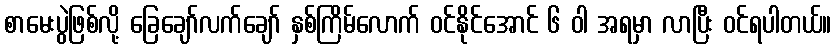
စာမေးပွဲဖြစ်လို့ ခြေချော်လက်ချော် နှစ်ကြိမ်လောက် ဝင်နိုင်အောင် ၆ ဝါ အရမှာ လာပြီး ဝင်ရပါတယ်။